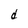
Character: d